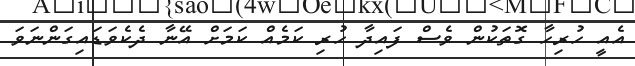
އެއީ ހުރިހާ ގޮތަކުން ވެސް ފައިދާ ހުރި ކަމެއް ކަމަށް އޭނާ ދެކެވަޑައިގަންނަވަ